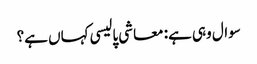
سوال وہی ہے: معاشی پالیسی کہاں ہے؟